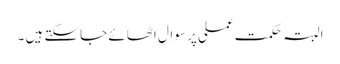
البتہ حکمتِ عملی پر سوال اٹھائے جاسکتے ہیں ۔